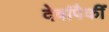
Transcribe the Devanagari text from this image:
देवांपैकीं